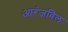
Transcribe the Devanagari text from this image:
आरंजविल